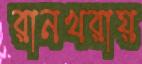
রানখরায়